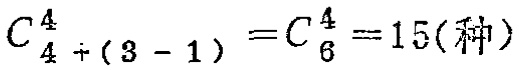
\(C_{4}^{4}+(3 - 1)=C_{6}^{4}=15(种)\)